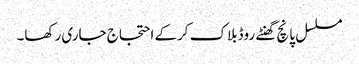
مسلسل پانچ گھنٹے روڈبلاک کرکے احتجاج جاری رکھا۔